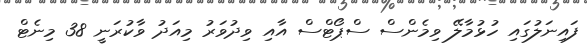
ފައިނަލުގައި ހުޅުމާލޭ ވިމެންސް ސްޕޯޓްސް އާއި ވިދުވަރު މިއަދު ވާކުރަނީ 38 މިނެޓް